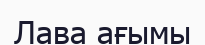
Лава ағымы